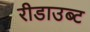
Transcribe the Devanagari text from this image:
रीडाउब्ट